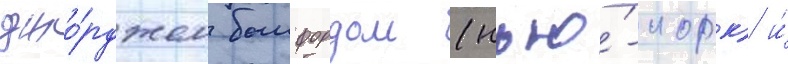
джо́рджем бомфордом (нью́-иорк) и́